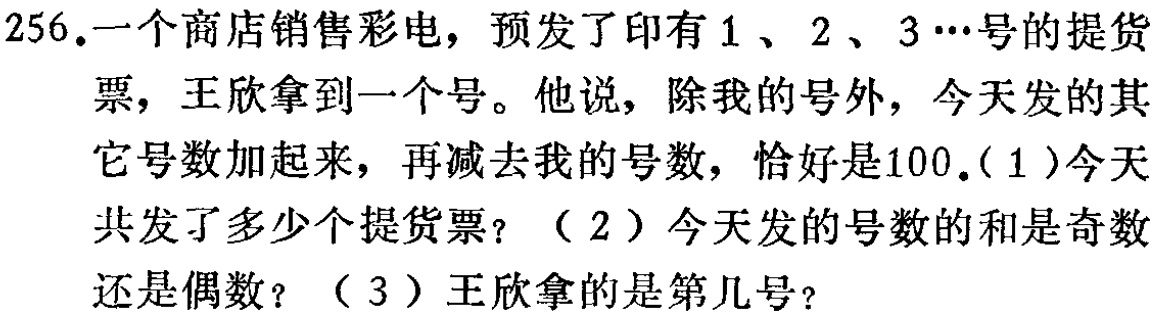
256.一个商店销售彩电，预发了印有$1$、$2$、$3\cdots$号的提货票，王欣拿到一个号。他说，除我的号外，今天发的其它号数加起来，再减去我的号数，恰好是100.(1)今天共发了多少个提货票？（2）今天发的号数的和是奇数还是偶数？（3）王欣拿的是第几号？